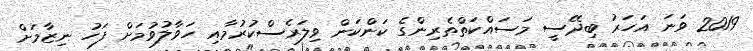
2019 ވަނަ އަހަރު ބިދޭސީ މަސައްކަތްތެރިންގެ ކަންކަން ވިލަރެސްކުރުމާއި ހަވާލުވުމަށް ފަހު ނިޒާމަށް